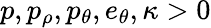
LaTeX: p,p_{\rho},p_{\theta},e_{\theta},\kappa>0